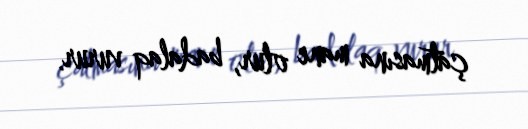
çatmasına mane olur, badalaq vurur.